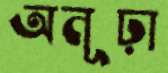
অনূঢ়া